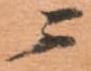
ニ